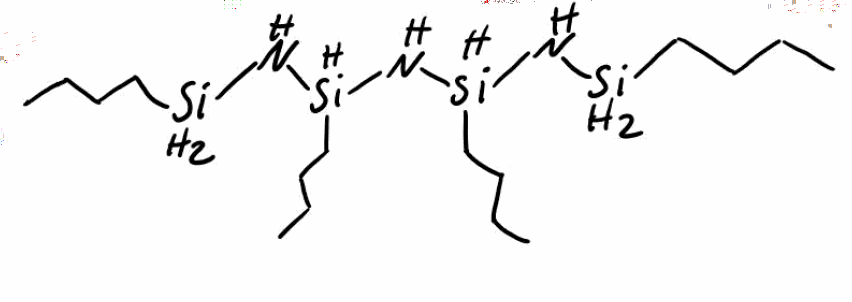
Simplified molecular-input line-entry system (SMILES) notation of the given molecule:
CCCC[SiH2]N[SiH](CCCC)N[SiH](CCCC)N[SiH2]CCCC